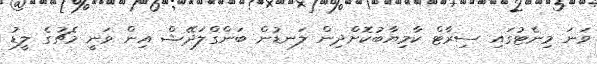
ވަނަ މިނެޓުގައި ސިރާޓް ކާމިޔާބުކޮށްދިން ލަނޑުން ބަންގްލަދޭޝް އިން ވަނީ މެޗުގެ ލީޑު